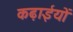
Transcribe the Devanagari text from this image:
कढ़ाईयों